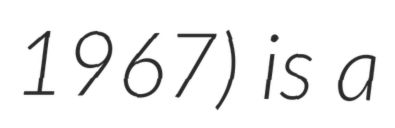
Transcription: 1967) is a